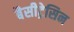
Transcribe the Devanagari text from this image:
बैसीट्रेसिन